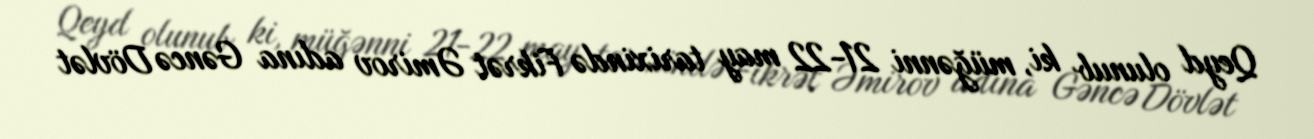
Qeyd olunub ki, müğənni 21-22 may tarixində Fikrət Əmirov adına Gəncə Dövlət